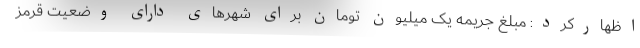
اظهارکرد: مبلغ جریمه یک میلیون تومان برای شهرهای دارای وضعیت قرمز